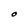
Character: O